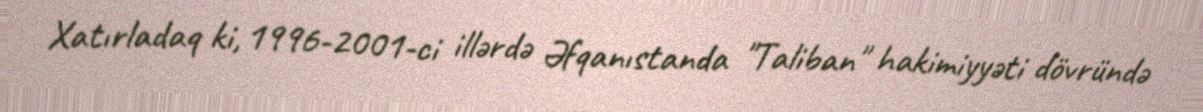
Xatırladaq ki, 1996-2001-ci illərdə Əfqanıstanda "Taliban" hakimiyyəti dövründə